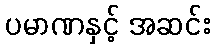
ပမာဏနှင့် အဆင်း